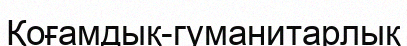
Қоғамдық-гуманитарлық